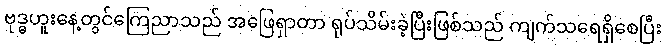
ဗုဒ္ဓဟူးနေ့တွင်ကြေညာသည် အဖြေရှာတာ ရုပ်သိမ်းခဲ့ပြီးဖြစ်သည် ကျက်သရေရှိစေပြီး